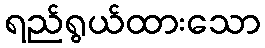
ရည်ရွယ်ထားသော